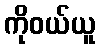
ကိုဝယ်ယူ